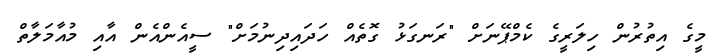
މީގެ އިތުރުން ހިލަރީގެ ކެމްޕޭނަށް "ރަނގަޅު ގޮތެއް ހަދައިދިނުމަށް" ސީއެންއެން އާއި މުއާމަލާތް